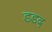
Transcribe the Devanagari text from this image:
डडद